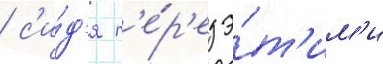
/ с'и́д'я п'е́р'ед э́т'им'и